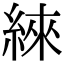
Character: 䋱